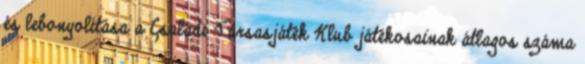
és lebonyolítása a Családi Társasjáték Klub játékosainak átlagos száma